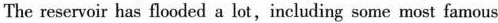
The reservoir has flooded a lot,including some most famous